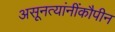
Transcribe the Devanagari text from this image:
असूनत्यांनींकौपीन